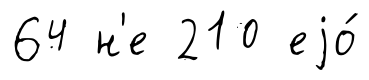
64 н'е 210 еjо́